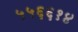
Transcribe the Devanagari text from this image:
५५६६१४